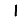
Digit: 1